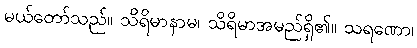
မယ်တော်သည်။ သိရိမာနာမ၊ သိရိမာအမည်ရှိ၏။ သရဏော၊